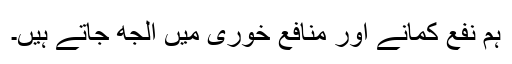
ہم نفع کمانے اور منافع خوری میں الجھ جاتے ہیں۔